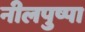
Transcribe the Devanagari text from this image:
नीलपुष्पा